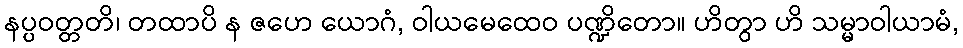
နပ္ပဝတ္တတိ၊ တထာပိ န ဇဟေ ယောဂံ, ဝါယမေထေဝ ပဏ္ဍိတော။ ဟိတွာ ဟိ သမ္မာဝါယာမံ,